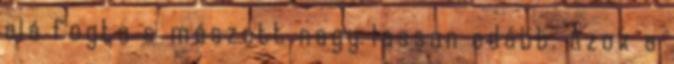
alá fogta s mászott nagy lassan odább. Azok a